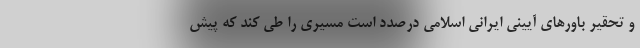
و تحقیر باورهای آیینی ایراني اسلامی درصدد است مسيري را طی کند كه پیش